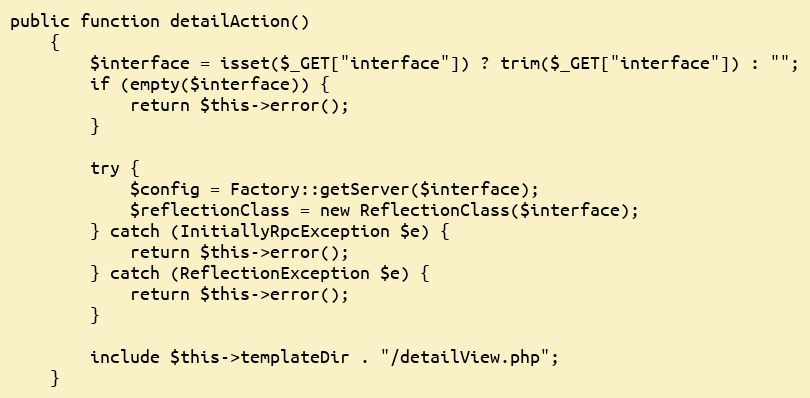
Language: PHP
public function detailAction()
    {
        $interface = isset($_GET["interface"]) ? trim($_GET["interface"]) : "";
        if (empty($interface)) {
            return $this->error();
        }

        try {
            $config = Factory::getServer($interface);
            $reflectionClass = new ReflectionClass($interface);
        } catch (InitiallyRpcException $e) {
            return $this->error();
        } catch (ReflectionException $e) {
            return $this->error();
        }

        include $this->templateDir . "/detailView.php";
    }